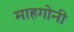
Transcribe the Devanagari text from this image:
माहगोनी